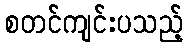
စတင်ကျင်းပသည့်